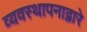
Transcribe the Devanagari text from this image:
व्यवस्थापनाद्वारे